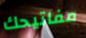
مفاتيحك